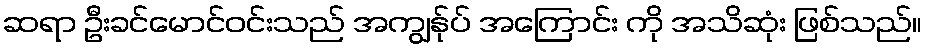
ဆရာ ဦးခင်မောင်ဝင်းသည် အကျွန်ုပ် အကြောင်း ကို အသိဆုံး ဖြစ်သည်။